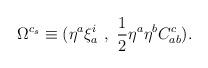
LaTeX: \begin{align*}\Omega^{c_s}\equiv (\eta^a\xi^i_a~,~{1\over 2}\eta^a\eta^bC_{ab}^c).\end{align*}